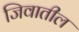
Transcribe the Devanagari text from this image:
जिवातील